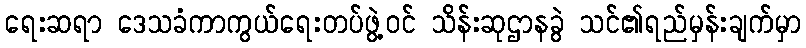
ရေးဆရာ ဒေသခံကာကွယ်ရေးတပ်ဖွဲ့ဝင် သိန်းဆုဌာနခွဲ သင်၏ရည်မှန်းချက်မှာ